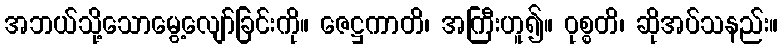
အဘယ်သို့သောမွေ့လျော်ခြင်းကို။ ဇေဋ္ဌကာတိ၊ အကြီးဟူ၍။ ဝုစ္စတိ၊ ဆိုအပ်သနည်း။